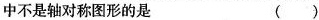
中不是轴对称图形的是 ( )